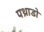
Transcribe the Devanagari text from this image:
पथ्राडो